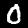
Digit: 0